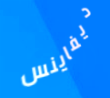
ديفاينس